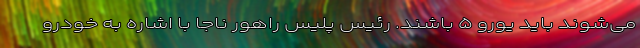
می‌شوند باید یورو ۵ باشند. رئیس پلیس راهور ناجا با اشاره به خودرو